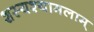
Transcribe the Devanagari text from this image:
शस्यश्यामलाम्